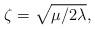
LaTeX: \begin{align*}\zeta = \sqrt{\mu/2 \lambda},\end{align*}